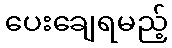
ပေးချေရမည့်